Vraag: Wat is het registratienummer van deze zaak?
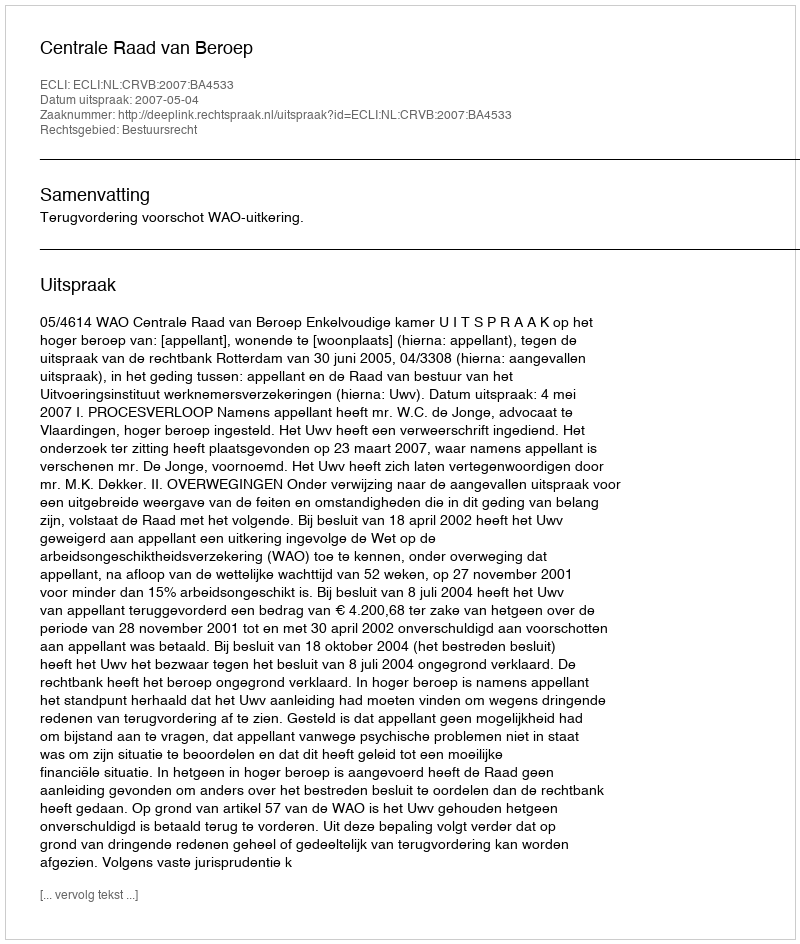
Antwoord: http://deeplink.rechtspraak.nl/uitspraak?id=ECLI:NL:CRVB:2007:BA4533